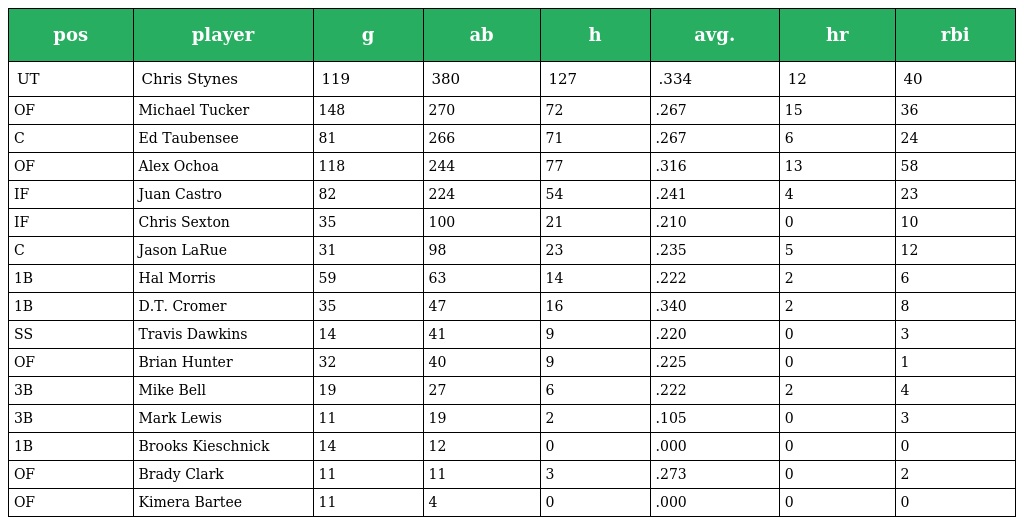
| pos | player | g | ab | h | avg. | hr | rbi |
 | --- | --- | --- | --- | --- | --- | --- | --- |
 | UT | Chris Stynes | 119 | 380 | 127 | .334 | 12 | 40 |
 | OF | Michael Tucker | 148 | 270 | 72 | .267 | 15 | 36 |
 | C | Ed Taubensee | 81 | 266 | 71 | .267 | 6 | 24 |
 | OF | Alex Ochoa | 118 | 244 | 77 | .316 | 13 | 58 |
 | IF | Juan Castro | 82 | 224 | 54 | .241 | 4 | 23 |
 | IF | Chris Sexton | 35 | 100 | 21 | .210 | 0 | 10 |
 | C | Jason LaRue | 31 | 98 | 23 | .235 | 5 | 12 |
 | 1B | Hal Morris | 59 | 63 | 14 | .222 | 2 | 6 |
 | 1B | D.T. Cromer | 35 | 47 | 16 | .340 | 2 | 8 |
 | SS | Travis Dawkins | 14 | 41 | 9 | .220 | 0 | 3 |
 | OF | Brian Hunter | 32 | 40 | 9 | .225 | 0 | 1 |
 | 3B | Mike Bell | 19 | 27 | 6 | .222 | 2 | 4 |
 | 3B | Mark Lewis | 11 | 19 | 2 | .105 | 0 | 3 |
 | 1B | Brooks Kieschnick | 14 | 12 | 0 | .000 | 0 | 0 |
 | OF | Brady Clark | 11 | 11 | 3 | .273 | 0 | 2 |
 | OF | Kimera Bartee | 11 | 4 | 0 | .000 | 0 | 0 |